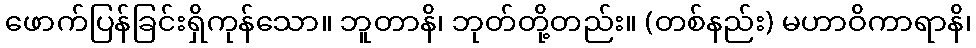
ဖောက်ပြန်ခြင်းရှိကုန်သော။ ဘူတာနိ၊ ဘုတ်တို့တည်း။ (တစ်နည်း) မဟာဝိကာရာနိ၊